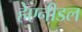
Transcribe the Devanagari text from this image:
हेएनीडल